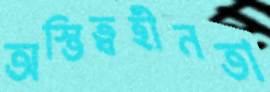
অস্তিত্বহীনতা